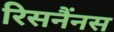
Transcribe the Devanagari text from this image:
रिसनैंनस